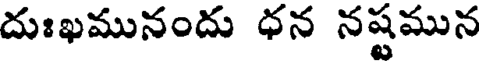
దుఃఖమునందు ధన నష్టమున